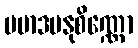
ပမာဒမနုစိဏ္ဏော